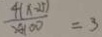
\frac { 4 ( x - 2 5 ) } { 2 4 1 0 0 } = 3